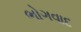
ભોગવાદ